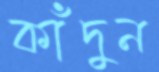
কাঁদুন